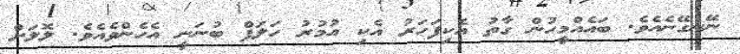
ނޭނގޭނެއެވެ. ބައެއްމީހުން ގާތު އެކިފަހަރު އެކި އުމުރު ހަލަފް ބުނަނީ އެހެންވެއެވެ. ލޮލަށް